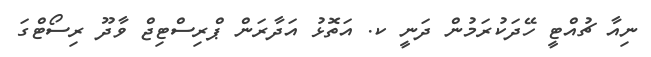
ނިއާ ޗުއްޓީ ހޭދަކުރަމުން ދަނީ ކ. އަތޮޅު އަދާރަން ޕްރިސްޓިޖް ވާދޫ ރިސޯޓްގަ